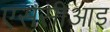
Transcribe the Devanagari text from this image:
एससीआइ